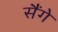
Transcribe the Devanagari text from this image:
सैंगे